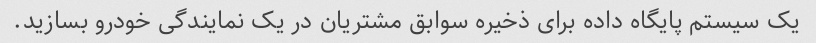
یک سیستم پایگاه داده برای ذخیره سوابق مشتریان در یک نمایندگی خودرو بسازید.